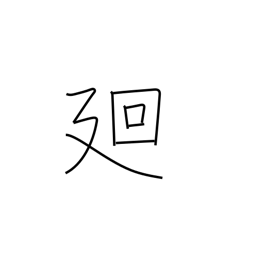
Meaning: circumference